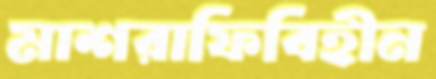
মাশরাফিবিহীন